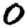
Digit: 0